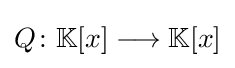
Q\colon \mathbb {K} [x]\longrightarrow \mathbb {K} [x]